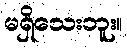
မရှိသေးဘူး။